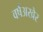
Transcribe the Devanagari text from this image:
वर्षअखेर